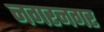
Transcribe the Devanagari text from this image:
नगरनगर